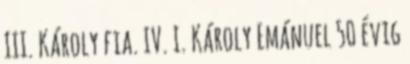
III. Károly fia. IV. I. Károly Emánuel 50 évig